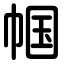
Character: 帼